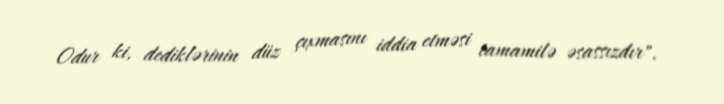
Odur ki, dediklərinin düz çıxmasını iddia etməsi tamamilə əsassızdır".